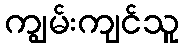
ကျွမ်းကျင်သူ